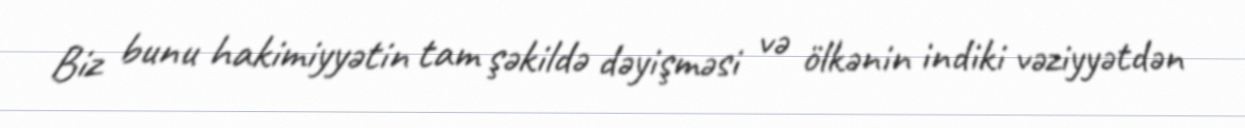
Biz bunu hakimiyyətin tam şəkildə dəyişməsi və ölkənin indiki vəziyyətdən